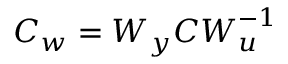
\boldsymbol { C _ { w } } = \boldsymbol { W _ { y } } \boldsymbol { C } \boldsymbol { W } _ { \boldsymbol { u } } ^ { - 1 }